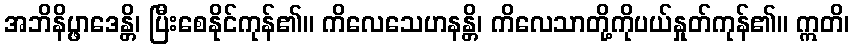
အဘိနိပ္ဖာဒေန္တိ၊ ပြီးစေနိုင်ကုန်၏။ ကိလေသေဟနန္တိ၊ ကိလေသာတို့ကိုပယ်နှုတ်ကုန်၏။ ဣတိ၊